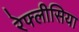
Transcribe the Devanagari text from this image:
रेफ्लीसिया